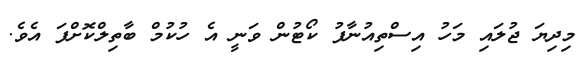
މިދިޔަ ޖުލައި މަހު އިސްތިއުނާފު ކޯޓުން ވަނީ އެ ހުކުމް ބާތިލްކޮށްފަ އެވެ.